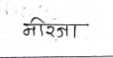
मजकूर: नीरजा